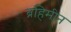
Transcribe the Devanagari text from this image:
ब्रहिमीन